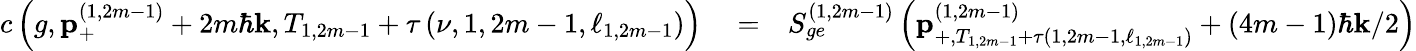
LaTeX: \begin{array}{rlr}{c\left(g,\mathbf{p}_{+}^{\left(1,2m-1\right)}+2m\hbar\mathbf{k},T_{1,2m-1}+\tau\left(\nu,1,2m-1,\ell_{1,2m-1}\right)\right)}&{{}=}&{S_{ge}^{\left(1,2m-1\right)}\left(\mathbf{p}_{+,T_{1,2m-1}+\tau\left(1,2m-1,\ell_{1,2m-1}\right)}^{\left(1,2m-1\right)}+\left(4m-1\right)\hbar\mathbf{k}/2\right)}\end{array}